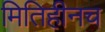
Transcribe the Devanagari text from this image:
मितिहीनच